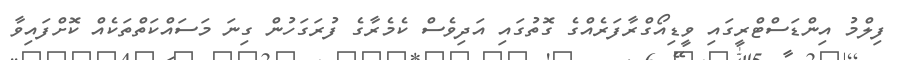
ފިލްމު އިންޑަސްޓްރީގައި ވީޑިއޯގްރާފަރެއްގެ ގޮތުގައި އަދިވެސް ކެމެރާގެ ފުރަގަހުން ގިނަ މަސައްކަތްތަކެއް ކޮށްފައިވާ